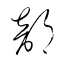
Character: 部